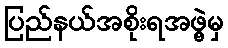
ပြည်နယ်အစိုးရအဖွဲ့မှ